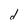
Character: d